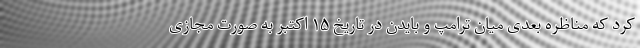
کرد که مناظره بعدی میان ترامپ و بایدن در تاریخ ۱۵ اکتبر به صورت مجازی